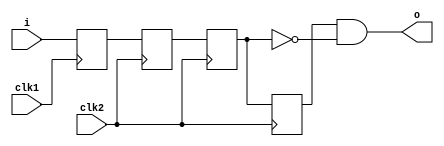
module clk_sync_ashot (
    input clk1
  , input i
  , input clk2
  , output o
);

reg buf0, buf1, buf2, buf3;
reg i0;

always @(posedge clk1) begin
    buf0 <= i;
end

always @(posedge clk2) begin
    buf1 <= buf0;
    buf2 <= buf1;
    buf3 <= buf2;
end

assign o = buf3 & ~buf2;

endmodule